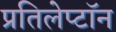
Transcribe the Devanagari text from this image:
प्रतिलेप्टॉन